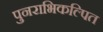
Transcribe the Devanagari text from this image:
पुनराभिकल्पित